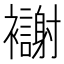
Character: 𫌗